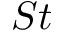
S t